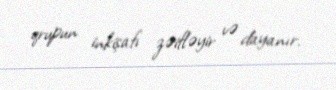
qrupun inkişafı zəifləyir və dayanır.